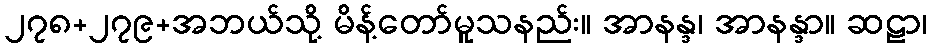
၂၇၈+၂၇၉+အဘယ်သို့ မိန့်တော်မူသနည်း။ အာနန္ဒ၊ အာနန္ဒာ။ ဆဠာ၊